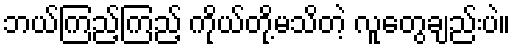
ဘယ်ကြည့်ကြည့် ကိုယ်တို့မသိတဲ့ လူတွေချည်းပဲ။